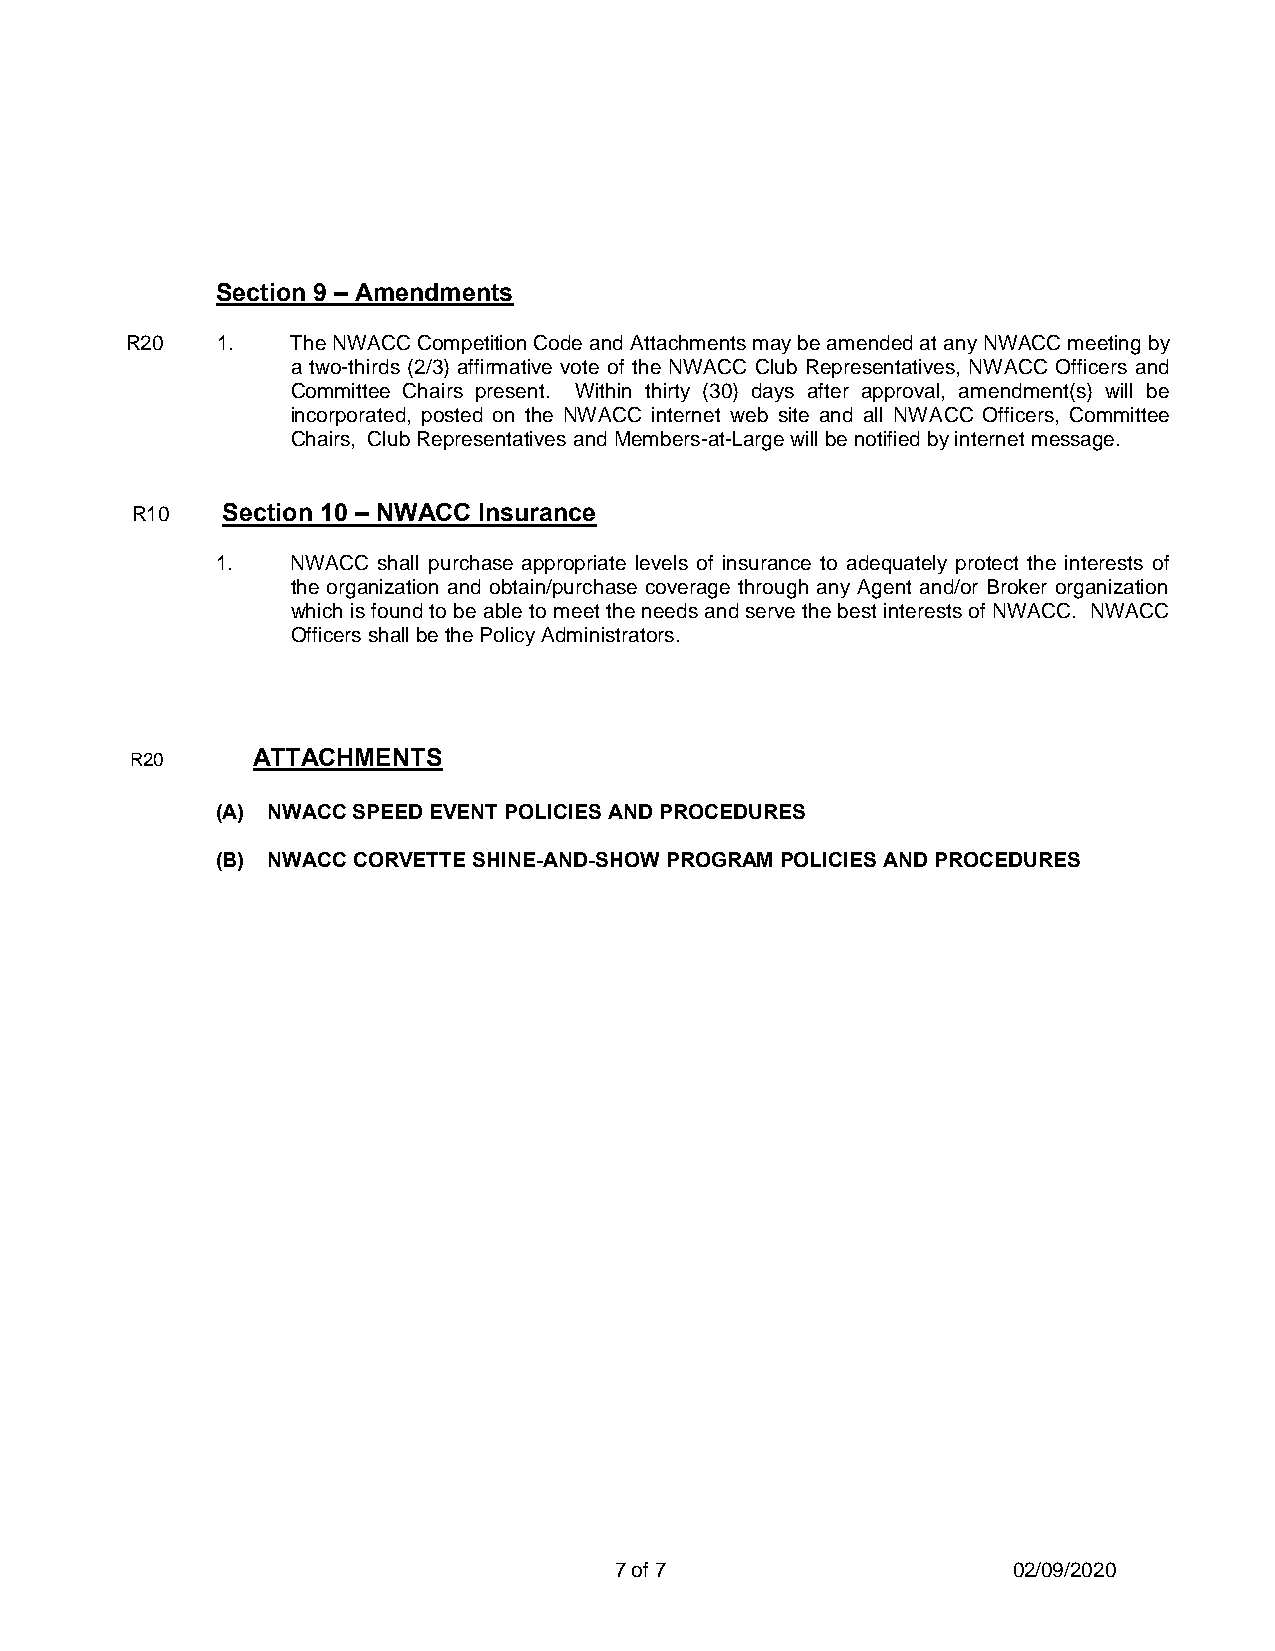
Section 9 – Amendments
 R20   1.   The NWACC Competition Code and Attachments may be amended at any NWACC meeting by
 a two-thirds (2/3) affirmative vote of the NWACC Club Representatives, NWACC Officers and
 Committee Chairs present. Within thirty (30) days after approval, amendment(s) will be
 incorporated, posted on the NWACC internet web site and all NWACC Officers, Committee
 Chairs, Club Representatives and Members-at-Large will be notified by internet message.
 R10   Section 10 – NWACC Insurance
 1.   NWACC shall purchase appropriate levels of insurance to adequately protect the interests of
 the organization and obtain/purchase coverage through any Agent and/or Broker organization
 which is found to be able to meet the needs and serve the best interests of NWACC. NWACC
 Officers shall be the Policy Administrators.
 R20     ATTACHMENTS
 (A) NWACC SPEED EVENT POLICIES AND PROCEDURES
 (B) NWACC CORVETTE SHINE-AND-SHOW PROGRAM POLICIES AND PROCEDURES
 7 of 7                    02/09/2020